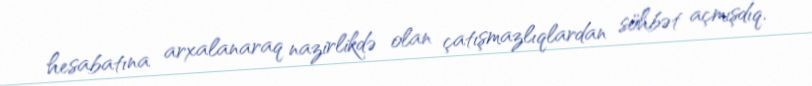
hesabatına arxalanaraq nazirlikdə olan çatışmazlıqlardan söhbət açmışdıq.